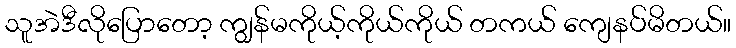
သူအဲဒီလိုပြောတော့ ကျွန်မကိုယ့်ကိုယ်ကိုယ် တကယ် ကျေနပ်မိတယ်။